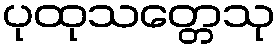
ပုထုသတ္တေသု